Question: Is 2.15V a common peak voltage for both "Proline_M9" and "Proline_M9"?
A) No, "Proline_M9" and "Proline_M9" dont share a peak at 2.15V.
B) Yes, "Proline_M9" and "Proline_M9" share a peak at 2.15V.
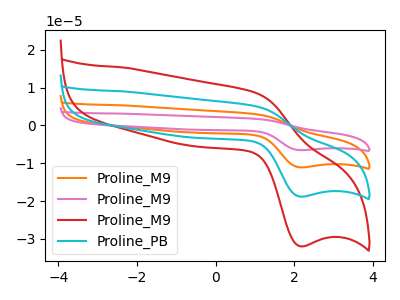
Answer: <think>The orange curve "Proline_M9" has an anodic peak at (1.00V, 10.15uA) and a cathodic peak at (2.15V, -37.65uA). The pink curve "Proline_M9" has an anodic peak at (1.00V, 15.25uA) and a cathodic peak at (2.15V, -56.50uA). The red curve "Proline_M9" has an anodic peak at (1.00V, 8.65uA) and a cathodic peak at (2.15V, -32.00uA). The cyan curve "Proline_PB" has an anodic peak at (1.00V, 5.10uA) and a cathodic peak at (2.15V, -18.85uA).</think>
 <answer>B) Yes, "Proline_M9" and "Proline_M9" share a peak at 2.15V.</answer>
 <eval>B</eval>